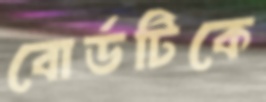
বোর্ডটিকে